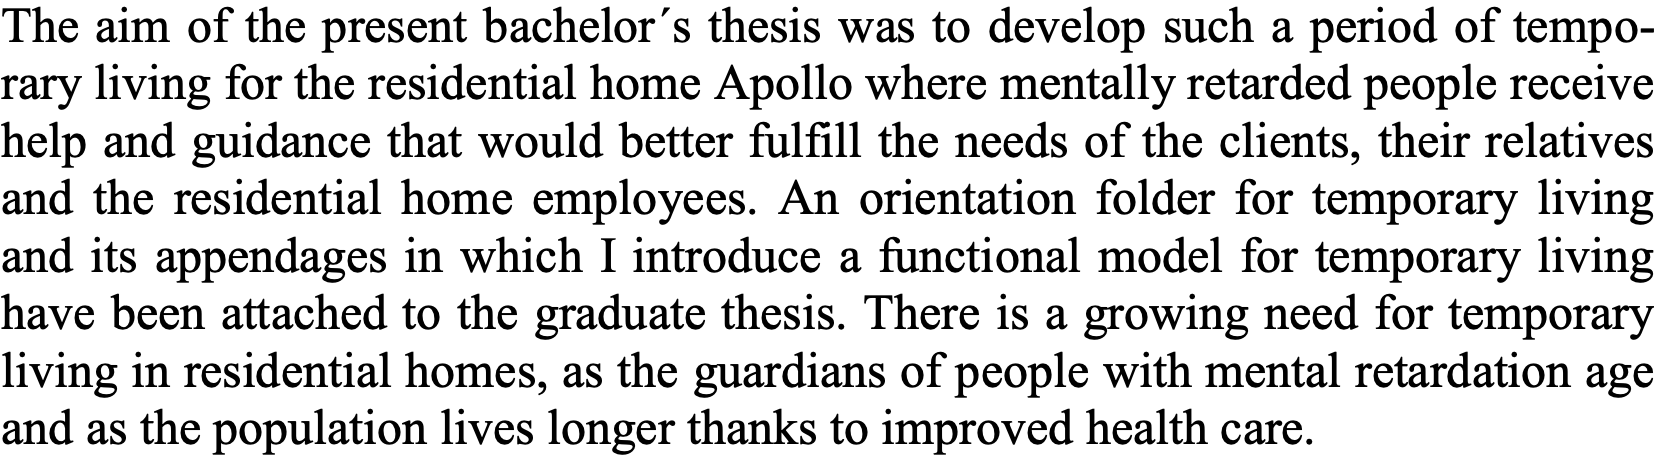
The aim of the present bachelor´s thesis was to develop such a period of tempo- rary living for the residential home Apollo where mentally retarded people receive help and guidance that would better fulfill the needs of the clients, their relatives and the residential home employees. An orientation folder for temporary living and its appendages in which I introduce a functional model for temporary living have been attached to the graduate thesis. There is a growing need for temporary living in residential homes, as the guardians of people with mental retardation age and as the population lives longer thanks to improved health care.